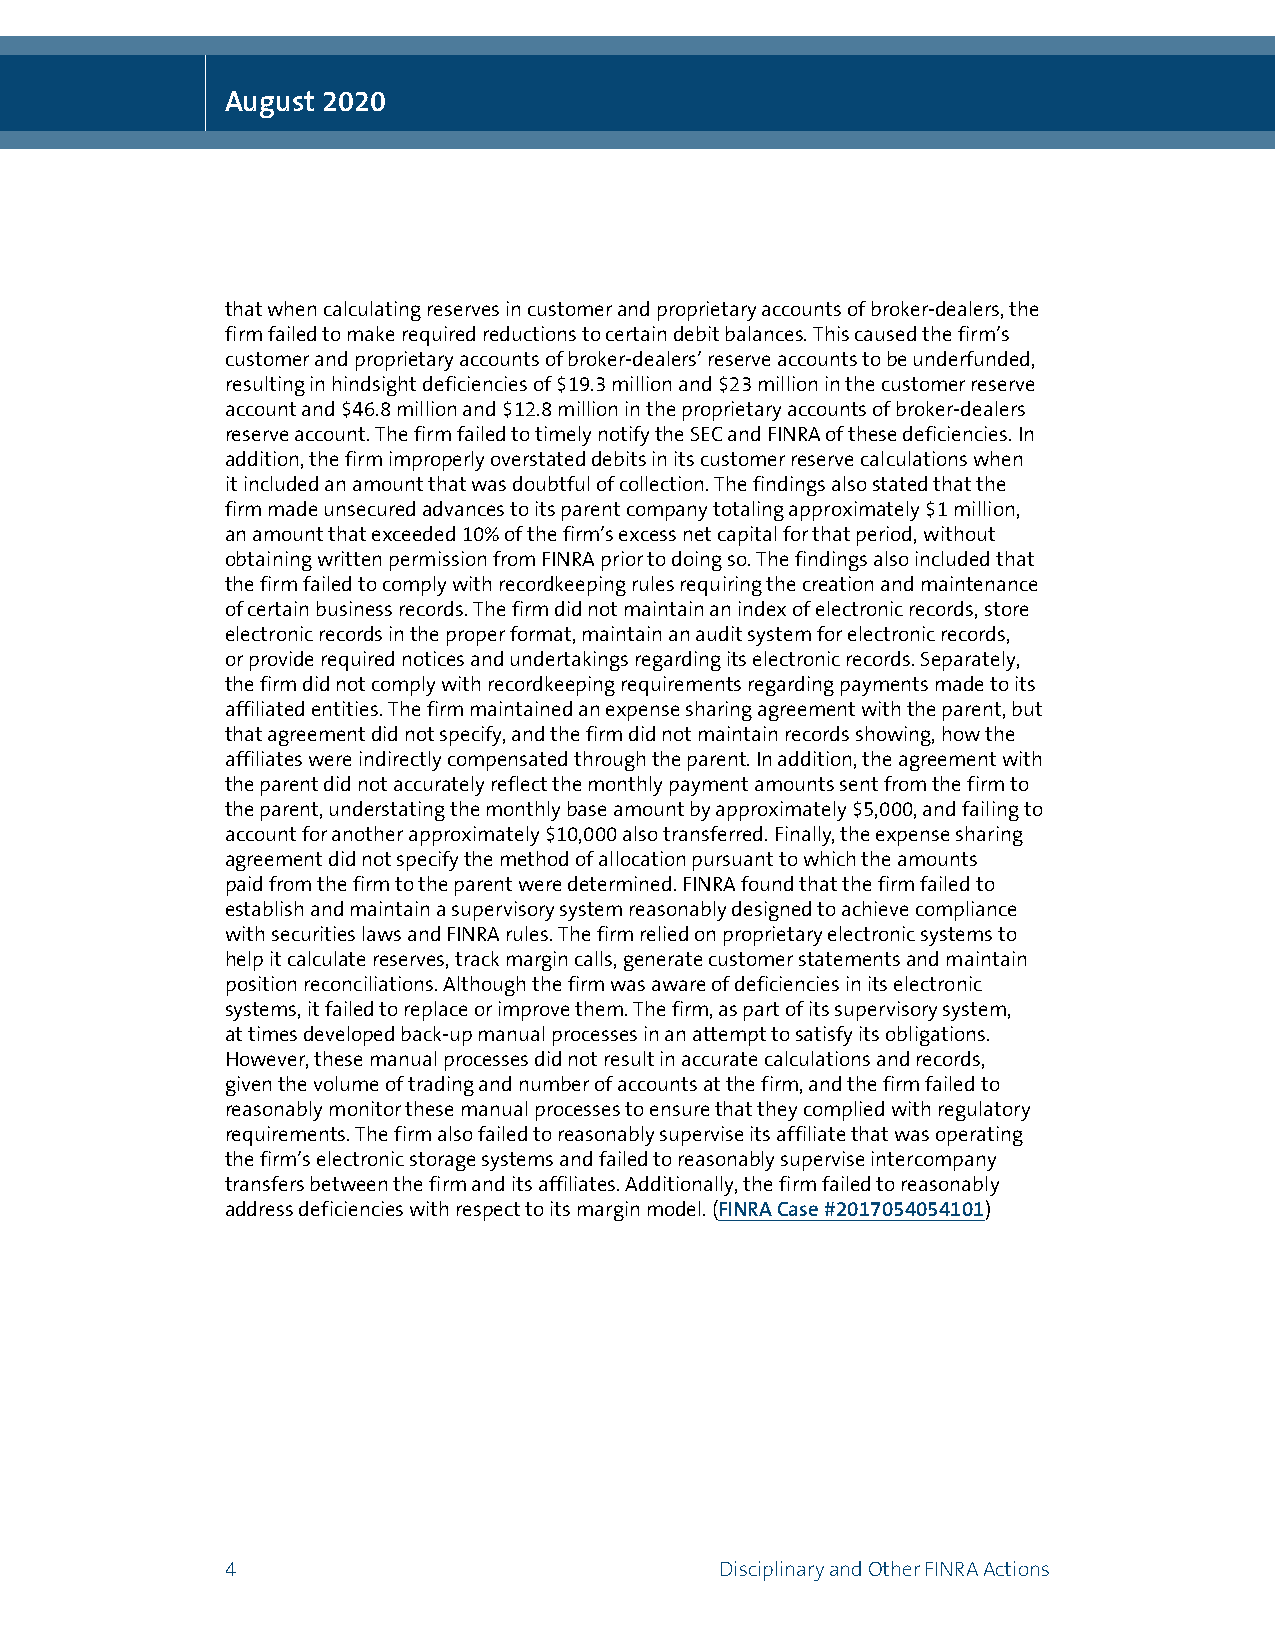
August 2020
 that when calculating reserves in customer and proprietary accounts of broker-dealers, the
 firm failed to make required reductions to certain debit balances. This caused the firm’s
 customer and proprietary accounts of broker-dealers’ reserve accounts to be underfunded,
 resulting in hindsight deficiencies of $19.3 million and $23 million in the customer reserve
 account and $46.8 million and $12.8 million in the proprietary accounts of broker-dealers
 reserve account. The firm failed to timely notify the SEC and FINRA of these deficiencies. In
 addition, the firm improperly overstated debits in its customer reserve calculations when
 it included an amount that was doubtful of collection. The findings also stated that the
 firm made unsecured advances to its parent company totaling approximately $1 million,
 an amount that exceeded 10% of the firm’s excess net capital for that period, without
 obtaining written permission from FINRA prior to doing so. The findings also included that
 the firm failed to comply with recordkeeping rules requiring the creation and maintenance
 of certain business records. The firm did not maintain an index of electronic records, store
 electronic records in the proper format, maintain an audit system for electronic records,
 or provide required notices and undertakings regarding its electronic records. Separately,
 the firm did not comply with recordkeeping requirements regarding payments made to its
 affiliated entities. The firm maintained an expense sharing agreement with the parent, but
 that agreement did not specify, and the firm did not maintain records showing, how the
 affiliates were indirectly compensated through the parent. In addition, the agreement with
 the parent did not accurately reflect the monthly payment amounts sent from the firm to
 the parent, understating the monthly base amount by approximately $5,000, and failing to
 account for another approximately $10,000 also transferred. Finally, the expense sharing
 agreement did not specify the method of allocation pursuant to which the amounts
 paid from the firm to the parent were determined. FINRA found that the firm failed to
 establish and maintain a supervisory system reasonably designed to achieve compliance
 with securities laws and FINRA rules. The firm relied on proprietary electronic systems to
 help it calculate reserves, track margin calls, generate customer statements and maintain
 position reconciliations. Although the firm was aware of deficiencies in its electronic
 systems, it failed to replace or improve them. The firm, as part of its supervisory system,
 at times developed back-up manual processes in an attempt to satisfy its obligations.
 However, these manual processes did not result in accurate calculations and records,
 given the volume of trading and number of accounts at the firm, and the firm failed to
 reasonably monitor these manual processes to ensure that they complied with regulatory
 requirements. The firm also failed to reasonably supervise its affiliate that was operating
 the firm’s electronic storage systems and failed to reasonably supervise intercompany
 transfers between the firm and its affiliates. Additionally, the firm failed to reasonably
 address deficiencies with respect to its margin model. (FINRA Case #2017054054101)
 4                                Disciplinary and Other FINRA Actions